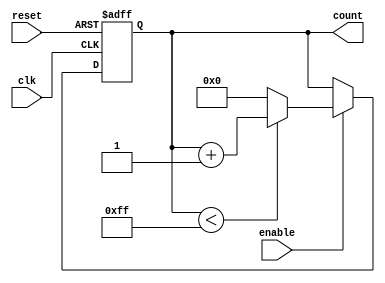
module ParameterizedCounter #(
    parameter WIDTH = 8,                // Width of the counter (number of bits)
    parameter MAX_COUNT = (1 << WIDTH) - 1, // Maximum count value
    parameter COUNT_DIRECTION = 1,       // 1 for up, 0 for down
    parameter ASYNC_RESET = 0            // 1 for asynchronous reset, 0 for synchronous
)(
    input wire clk,                      // Clock input
    input wire reset,                    // Reset input
    input wire enable,                   // Enable input
    output reg [WIDTH-1:0] count        // Current count output
);

    // Synchronous reset logic
    always @(posedge clk or posedge reset) begin
        if (reset) begin
            count <= 0;                   // Reset count to 0
        end else if (enable) begin
            if (COUNT_DIRECTION) begin    // Counting up
                if (count < MAX_COUNT) begin
                    count <= count + 1;   // Increment count
                end else begin
                    count <= 0;           // Overflow, wrap around
                end
            end else begin                  // Counting down
                if (count > 0) begin
                    count <= count - 1;   // Decrement count
                end else begin
                    count <= MAX_COUNT;    // Underflow, wrap around
                end
            end
        end
    end

endmodule